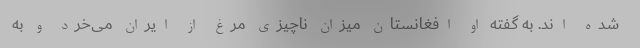
شده اند. به گفته او افغانستان میزان ناچیزی مرغ از ایران می‌خرد و به